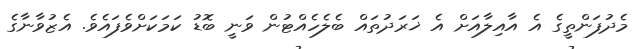
މެދުފަންތީގެ އެ އާއިލާއަށް އެ ޚަރަދުތައް ބެލެހެއްޓުން ވަނީ ބޮޑު ކަމަކަށްވެފައެވެ. އެޒުވާނާގެ